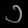
Digit: ၁